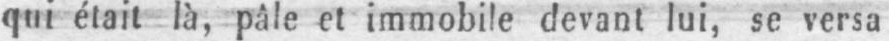
qui était là, pâle et immobile devant lui, se versa